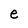
Character: e